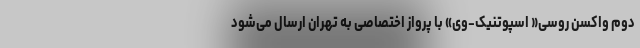
دوم واکسن روسی« اسپوتنیک-وی» با پرواز اختصاصی به تهران ارسال می‌شود